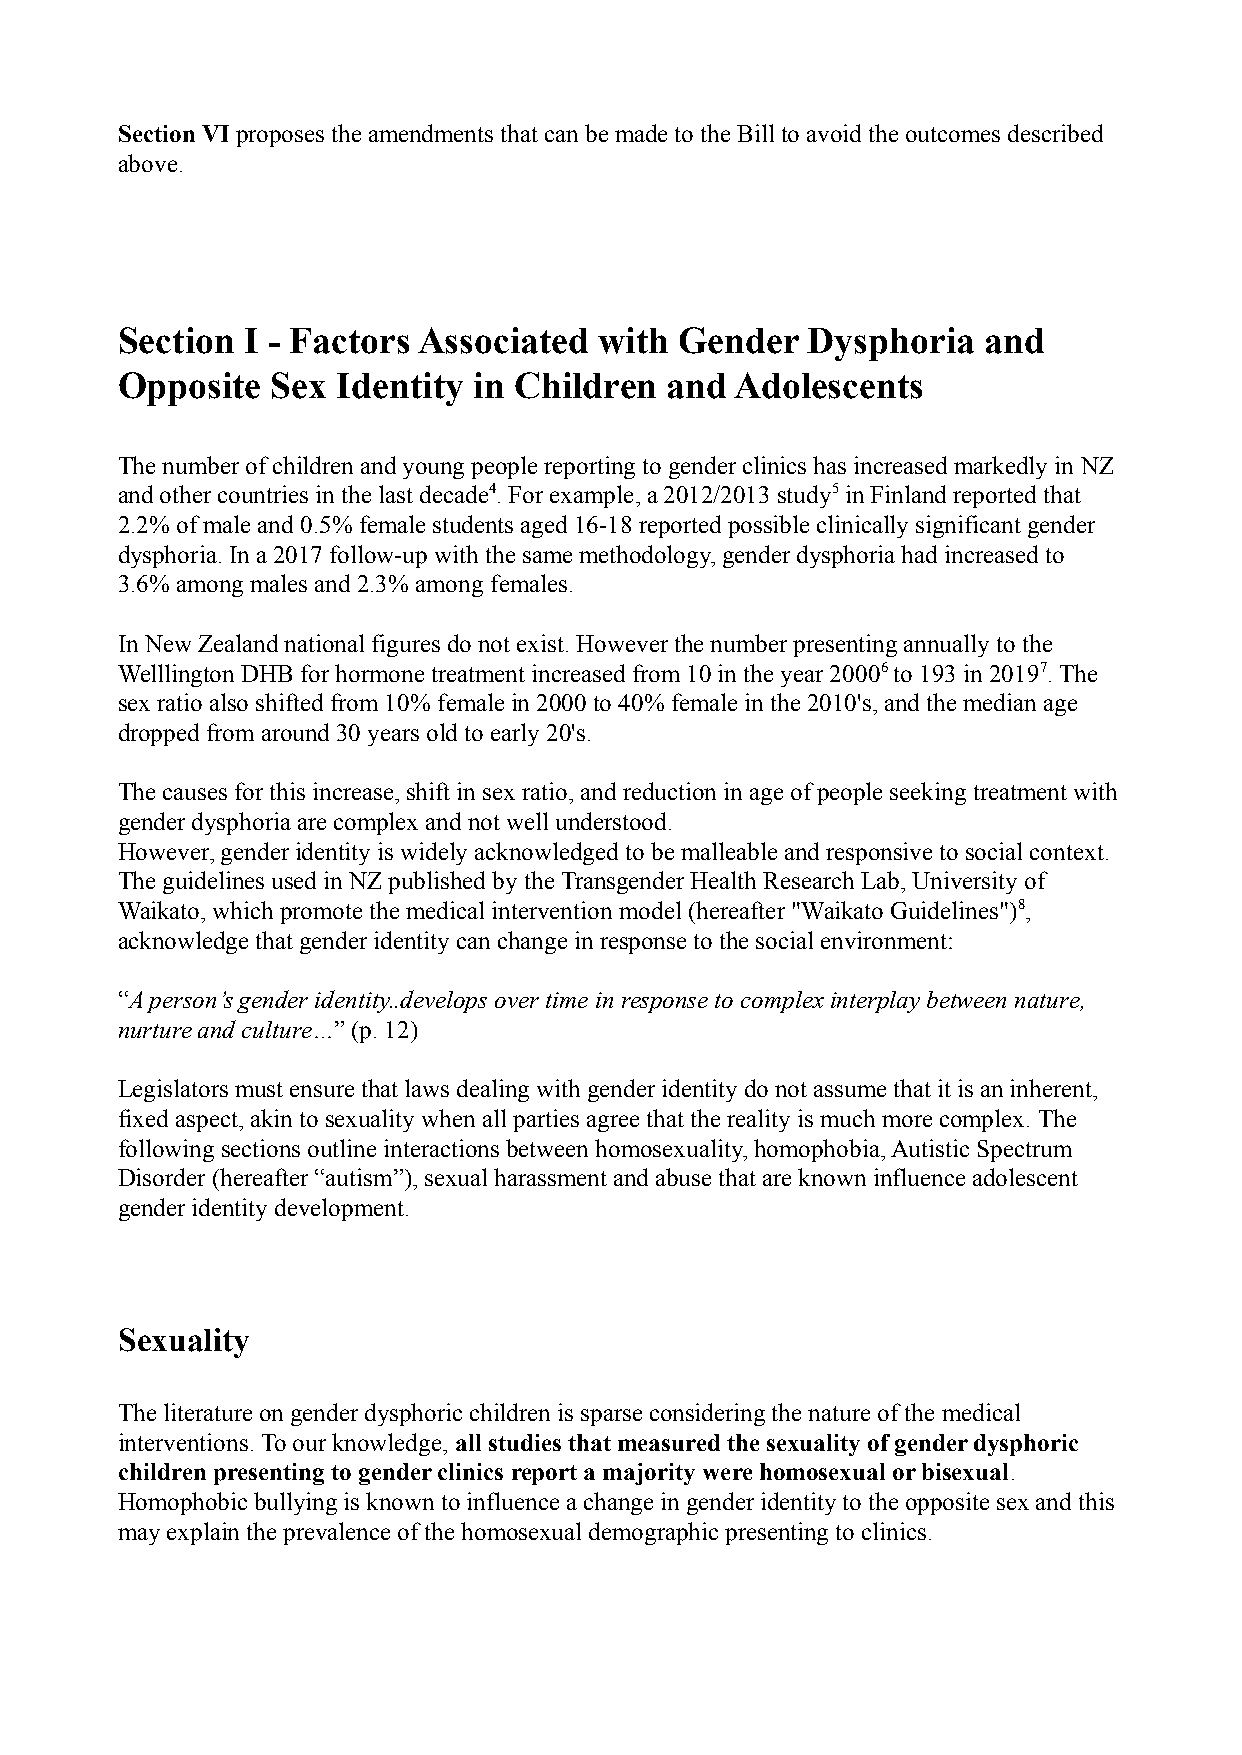
Section VI proposes the amendments that can be made to the Bill to avoid the outcomes described
 above.
 Section I - Factors Associated  with Gender  Dysphoria   and
 Opposite  Sex Identity in Children  and  Adolescents
 The number of children and young people reporting to gender clinics has increased markedly in NZ
 and other countries in the last decade4 . For example, a 2012/2013 study5 in Finland reported that
 2.2% of male and 0.5% female students aged 16-18 reported possible clinically significant gender
 dysphoria. In a 2017 follow-up with the same methodology, gender dysphoria had increased to
 3.6% among males and 2.3% among females.
 In New Zealand national figures do not exist. However the number presenting annually to the
 Welllington DHB for hormone treatment increased from 10 in the year 20006 to 193 in 20197 . The
 sex ratio also shifted from 10% female in 2000 to 40% female in the 2010's, and the median age
 dropped from around 30 years old to early 20's.
 The causes for this increase, shift in sex ratio, and reduction in age of people seeking treatment with
 gender dysphoria are complex and not well understood.
 However, gender identity is widely acknowledged to be malleable and responsive to social context.
 The guidelines used in NZ published by the Transgender Health Research Lab, University of
 Waikato, which promote the medical intervention model (hereafter "Waikato Guidelines")8 ,
 acknowledge that gender identity can change in response to the social environment:
 “A person’s gender identity..develops over time in response to complex interplay between nature,
 nurture and culture…” (p. 12)
 Legislators must ensure that laws dealing with gender identity do not assume that it is an inherent,
 fixed aspect, akin to sexuality when all parties agree that the reality is much more complex. The
 following sections outline interactions between homosexuality, homophobia, Autistic Spectrum
 Disorder (hereafter “autism”), sexual harassment and abuse that are known influence adolescent
 gender identity development.
 Sexuality
 The literature on gender dysphoric children is sparse considering the nature of the medical
 interventions. To our knowledge, all studies that measured the sexuality of gender dysphoric
 children presenting to gender clinics report a majority were homosexual or bisexual.
 Homophobic bullying is known to influence a change in gender identity to the opposite sex and this
 may explain the prevalence of the homosexual demographic presenting to clinics.